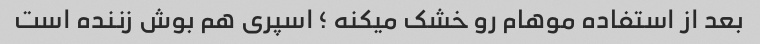
بعد از استفاده موهام رو خشک میکنه ؛ اسپری هم بوش زننده است